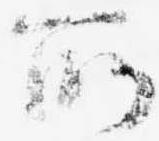
所